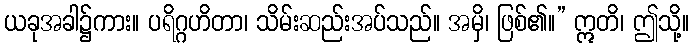
ယခုအခါ၌ကား။ ပရိဂ္ဂဟိတာ၊ သိမ်းဆည်းအပ်သည်။ အမှိ၊ ဖြစ်၏။” ဣတိ၊ ဤသို့။